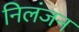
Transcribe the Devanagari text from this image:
निलंजन